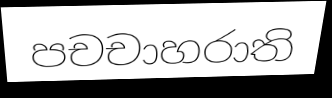
පචචාහරාති